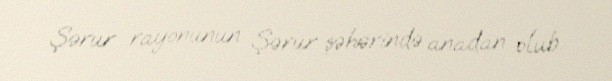
Şərur rayonunun Şərur şəhərində anadan olub.